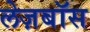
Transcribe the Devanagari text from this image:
लेज़बॉस